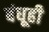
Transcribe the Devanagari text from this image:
बंधूही